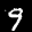
Label: 9